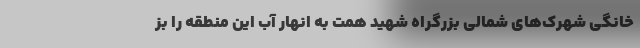
خانگی شهرک‌های شمالی بزرگراه شهید همت به انهار آب این منطقه را بز